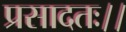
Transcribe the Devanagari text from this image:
प्रसादतः।।